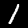
Label: 1